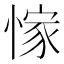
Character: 𢜿